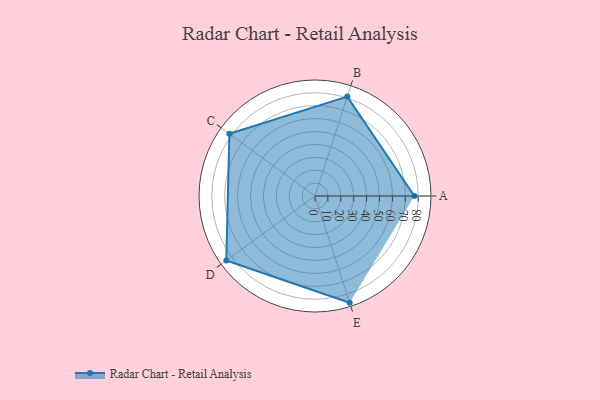
{"axis": {"x": "Skill", "y": "Score"}, "legend": ["Profile"], "data": [{"x": "A", "y": 77.0, "type": "Profile"}, {"x": "B", "y": 81.0, "type": "Profile"}, {"x": "C", "y": 82.0, "type": "Profile"}, {"x": "D", "y": 85.0, "type": "Profile"}, {"x": "E", "y": 87.0, "type": "Profile"}]}